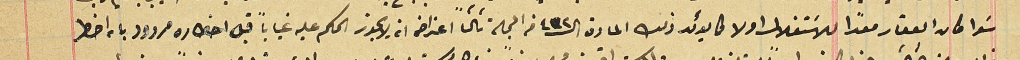
سَوا كان العقار معدًا للاسَتغلال اولا كما يوئد ذلك المادة الـ٤٣٢ من المجلة ثالثاً اعتراضه انه لا يجوز الحكم عليه غياباً قبل احضاره مردود بانه اخطر